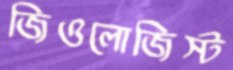
জিওলোজিস্ট